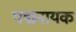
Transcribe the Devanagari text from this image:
पद्मनायक